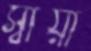
স্বীয়া